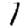
Digit: 1